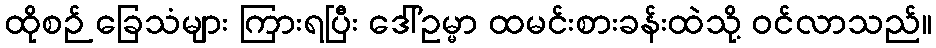
ထိုစဉ် ခြေသံများ ကြားရပြီး ဒေါ်ဥမ္မာ ထမင်းစားခန်းထဲသို့ ဝင်လာသည်။